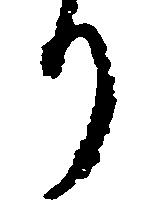
り